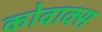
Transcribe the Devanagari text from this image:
कोवाक्स